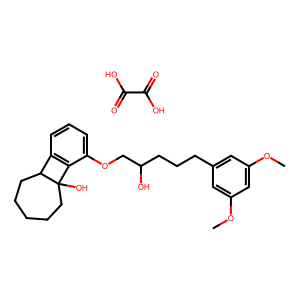
SMILES: COc1cc(CCCC(O)COc2cccc3c2C2(O)CCCCCC32)cc(OC)c1.O=C(O)C(=O)O
Inhibits HIV replication: No